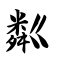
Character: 粼